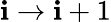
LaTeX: \mathbf{i}\rightarrow\mathbf{i}+1